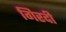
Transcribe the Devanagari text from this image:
गिरदी